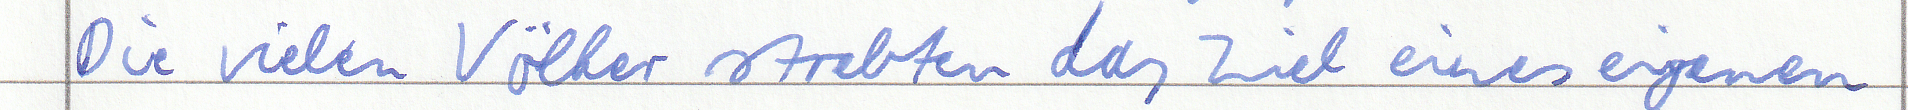
Die vielen Völker strebten das Ziel eines eigenen